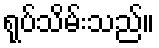
ရုပ်သိမ်းသည်။